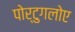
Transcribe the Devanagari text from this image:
पोर्टुगलोए